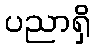
ပညာရှိ